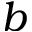
b